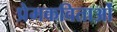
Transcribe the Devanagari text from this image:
प्रेमकविताओं